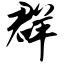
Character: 群